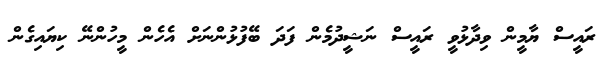
ރައީސް ޔާމީން ވިދާޅުވީ ރައީސް ނަޝީދުމެން ފަދަ ބޭފުޅުންނަށް އެހެން މީހުންނޭ ކިޔައިގެން